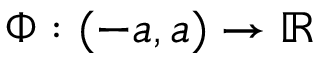
\Phi : ( - a , a ) \rightarrow \mathbb { R }